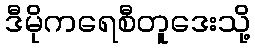
ဒီမိုကရေစီတူဒေးသို့